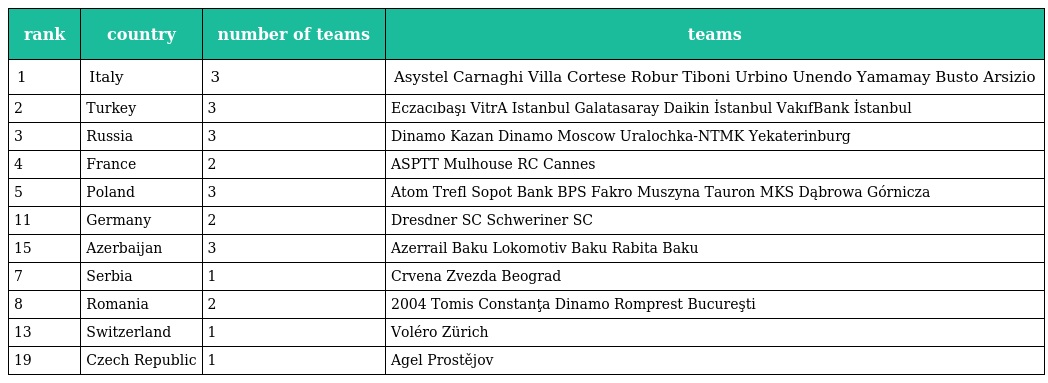
| rank | country | number of teams | teams |
 | --- | --- | --- | --- |
 | 1 | Italy | 3 | Asystel Carnaghi Villa Cortese Robur Tiboni Urbino Unendo Yamamay Busto Arsizio |
 | 2 | Turkey | 3 | Eczacıbaşı VitrA Istanbul Galatasaray Daikin İstanbul VakıfBank İstanbul |
 | 3 | Russia | 3 | Dinamo Kazan Dinamo Moscow Uralochka-NTMK Yekaterinburg |
 | 4 | France | 2 | ASPTT Mulhouse RC Cannes |
 | 5 | Poland | 3 | Atom Trefl Sopot Bank BPS Fakro Muszyna Tauron MKS Dąbrowa Górnicza |
 | 11 | Germany | 2 | Dresdner SC Schweriner SC |
 | 15 | Azerbaijan | 3 | Azerrail Baku Lokomotiv Baku Rabita Baku |
 | 7 | Serbia | 1 | Crvena Zvezda Beograd |
 | 8 | Romania | 2 | 2004 Tomis Constanţa Dinamo Romprest Bucureşti |
 | 13 | Switzerland | 1 | Voléro Zürich |
 | 19 | Czech Republic | 1 | Agel Prostějov |